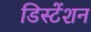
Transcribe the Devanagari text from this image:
डिस्टेंशन